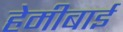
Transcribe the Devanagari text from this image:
हेमीबाई